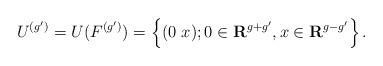
LaTeX: \begin{align*}U^{(g')}=U(F^{(g')})=\left\{(0\ x); 0\in \mathbf{R}^{g+g'}, x\in\mathbf{R}^{g-g'}\right\}.\end{align*}